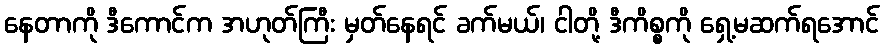
နေတာကို ဒီကောင်က အဟုတ်ကြီး မှတ်နေရင် ခက်မယ်၊ ငါတို့ ဒီကိစ္စကို ရှေ့မဆက်ရအောင်